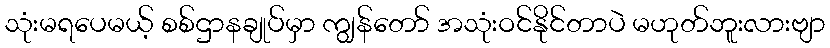
သုံးမရပေမယ့် စစ်ဌာနချုပ်မှာ ကျွန်တော် အသုံးဝင်နိုင်တာပဲ မဟုတ်ဘူးလားဗျာ